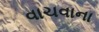
વાચવાના